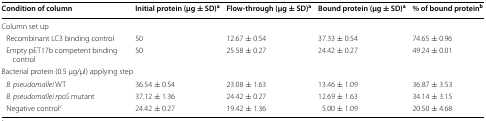
<table><thead><tr><td><b>Condition of column</b></td><td><b>Initial protein (μg ± SD)<sup>a</sup></b></td><td><b>Flow-through (μg ± SD)<sup>a</sup></b></td><td><b>Bound protein (μg ± SD)<sup>a</sup></b></td><td><b>% of bound protein<sup>b</sup></b></td></tr></thead><tbody><tr><td colspan="5">Column set up</td></tr><tr><td> Recombinant LC3 binding control</td><td>50</td><td>12.67 ± 0.54</td><td>37.33 ± 0.54</td><td>74.65 ± 0.96</td></tr><tr><td> Empty pET17b competent binding control</td><td>50</td><td>25.58 ± 0.27</td><td>24.42 ± 0.27</td><td>49.24 ± 0.01</td></tr><tr><td colspan="5">Bacterial protein (0.5 μg/μl) applying step</td></tr><tr><td> <i>B. pseudomallei</i> WT</td><td>36.54 ± 0.54</td><td>23.08 ± 1.63</td><td>13.46 ± 1.09</td><td>36.87 ± 3.53</td></tr><tr><td> <i>B. pseudomallei rpoS</i> mutant</td><td>37.12 ± 1.36</td><td>24.42 ± 0.27</td><td>12.69 ± 1.63</td><td>34.14 ± 3.15</td></tr><tr><td> Negative control<sup>c</sup></td><td>24.42 ± 0.27</td><td>19.42 ± 1.36</td><td>5.00 ± 1.09</td><td>20.50 ± 4.68</td></tr></tbody></table>